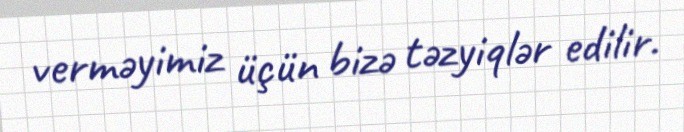
verməyimiz üçün bizə təzyiqlər edilir.